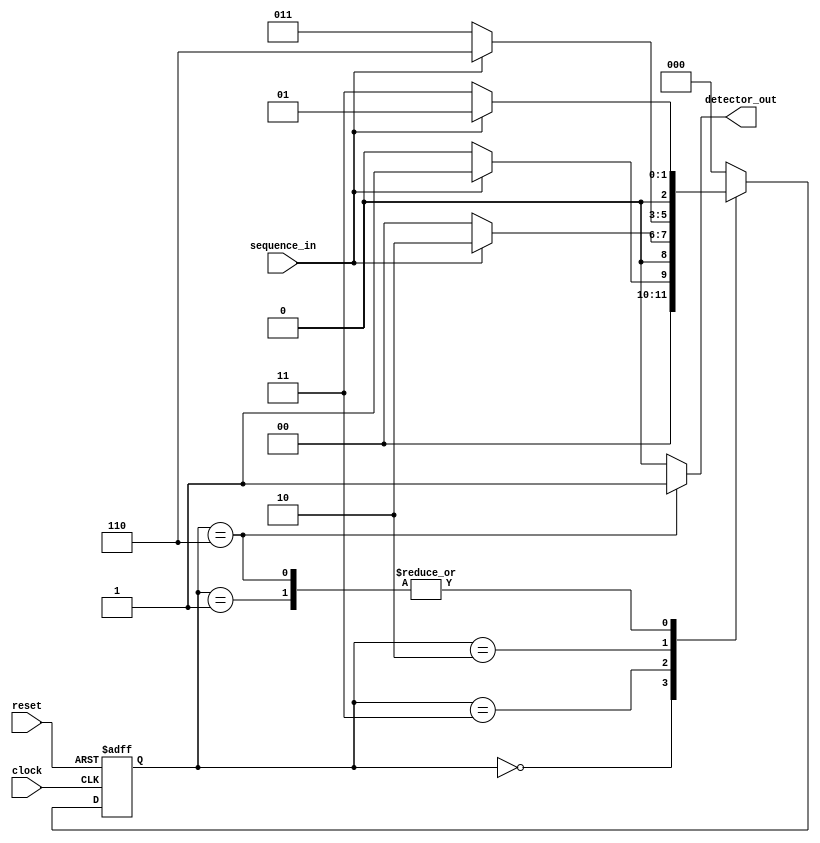
module sequence_Detector_MOORE_Verilog(sequence_in,clock,reset,detector_out);
input clock;
input reset;
input sequence_in;
output reg detector_out;
parameter
 
zero=3'b000,
one=3'b001,
onezero=3'b011,
onezeroone=3'b010,
onezerooneone=3'b110;
reg[2:0] current_state,next_state;
// sequential memory of the moore FSM
always @(posedge clock,posedge reset)
begin
if(reset==1)
current_state <= zero;
else
current_state <= next_state;
end
// combinational logic of the moore FSM
// to determine next state
always @(current_state,sequence_in)
begin
case(current_state)
zero:begin
if(sequence_in==1)
next_state = one;
else
next_state =zero;
end
one:begin
if(sequence_in==0)
next_state = onezero;
else
next_state = one;
end
onezero:begin
if(sequence_in==0)
next_state =zero;
else
next_state = onezeroone;
end
onezeroone:begin
if(sequence_in==0)
next_state = onezero;
else
next_state = onezerooneone;
end
onezerooneone:begin
if(sequence_in==0)
next_state = onezero;
else
next_state = one;
end
default:next_state = zero;
endcase
end
//combinatinal logic to determine the output
// of the moore FSM, output only depends on current state
always @(current_state)
begin
case(current_state)
zero: detector_out = 0;
one: detector_out = 0;
onezero: detector_out = 0;
onezeroone: detector_out = 0;
onezerooneone: detector_out = 1;
default: detector_out = 0;
endcase
end
endmodule